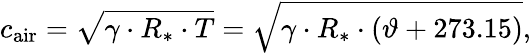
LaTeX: c_{\mathrm{air}}={\sqrt{\gamma\cdot R_{*}\cdot T}}={\sqrt{\gamma\cdot R_{*}\cdot(\vartheta+273.15)}},